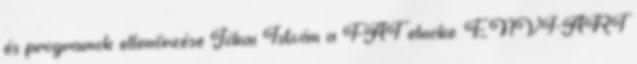
és programok ellenőrzése Jókai István a FAT elnöke. ENVI-ART